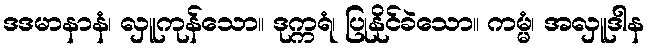
ဒဒမာနာနံ၊ လှူကုန်သော။ ဒုက္ကရံ၊ ပြုနိုင်ခဲသော။ ကမ္မံ၊ အလှူဒါန